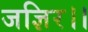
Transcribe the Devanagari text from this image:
जज्ञिर।।